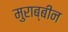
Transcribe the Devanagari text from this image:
मुराब्बीन